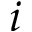
i